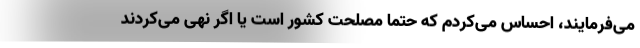
می‌فرمایند، احساس می‌کردم که حتماً مصلحت کشور است یا اگر نهی می‌کردند